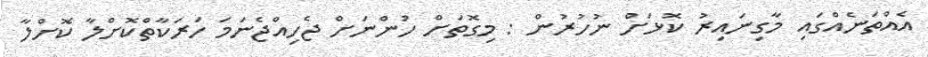
އެއްތަނެއްގައި މާގިނައިރު ކޮޅަށް ނުހުރުން : މިގޮތަށް ހުންނަށް ޖެހިއްޖެނަމަ ހަރަކާތްކޮށްލާ ކޮށްލާ